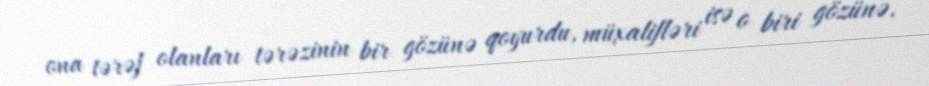
ona tərəf olanları tərəzinin bir gözünə qoyurdu, müxalifləri isə o biri gözünə.